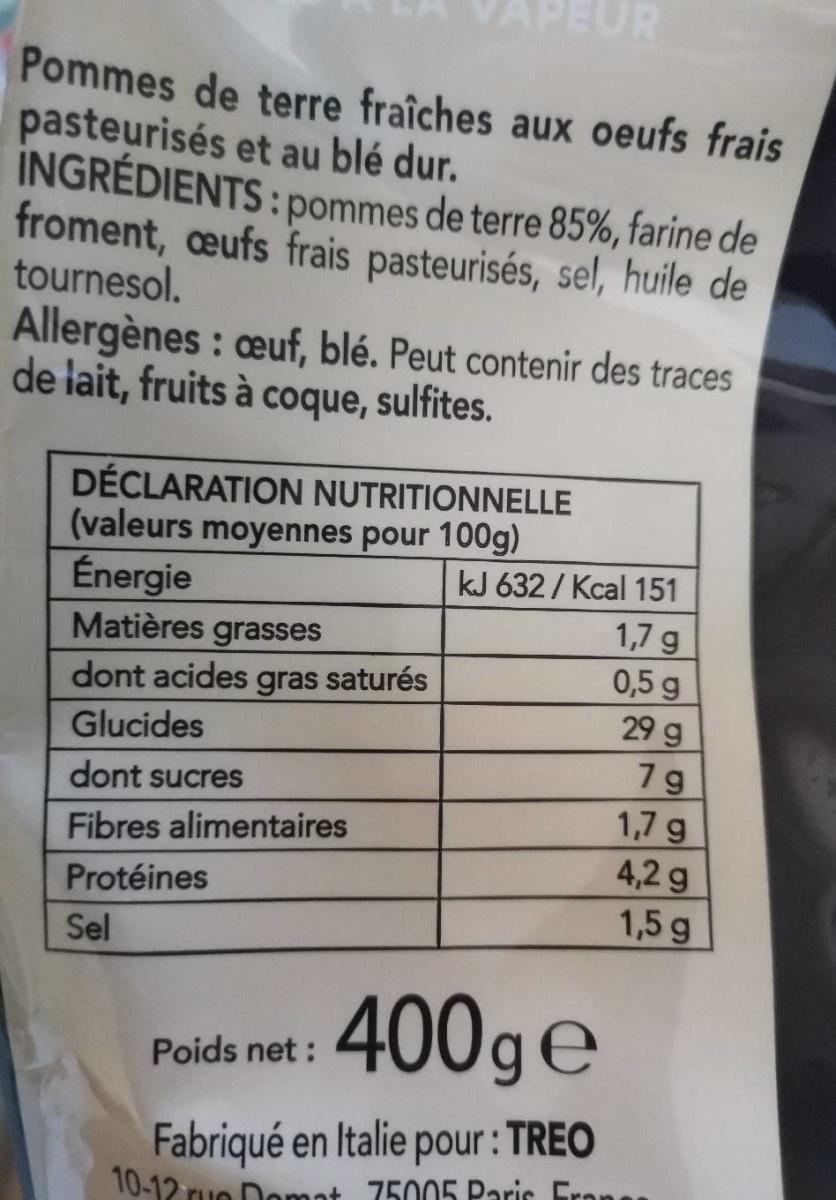
APEUR
Pommes de terre fraîches aux oeufs frais pasteurisés et au blé dur. INGRÉDIENTS: pommes de terre 85%, farine de froment, eufs frais pasteurisés, sel, huile de tournesol. Allergènes : œuf, blé. Peut contenir des traces de lait, fruits à coque, sulfites.
DÉCLARATION NUTRITIONNELLE (valeurs moyennes pour 100g) Énergie Matières grasses dont acides gras saturés
kJ 632 / Kcal 151
1,7 g 0,5 g 29 g
Glucides
7g
dont sucres
1,7 g 4,2 g 1,5 g
Fibres alimentaires
Protéines
Sel
400ge
Poids net :
Fabriqué en Italie pour: TREO 10-12 rue Donmot 75005 Paric Frone